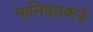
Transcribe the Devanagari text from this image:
पानिपतकडे